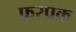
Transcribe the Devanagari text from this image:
फ़रपक